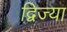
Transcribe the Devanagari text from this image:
द्विज्या